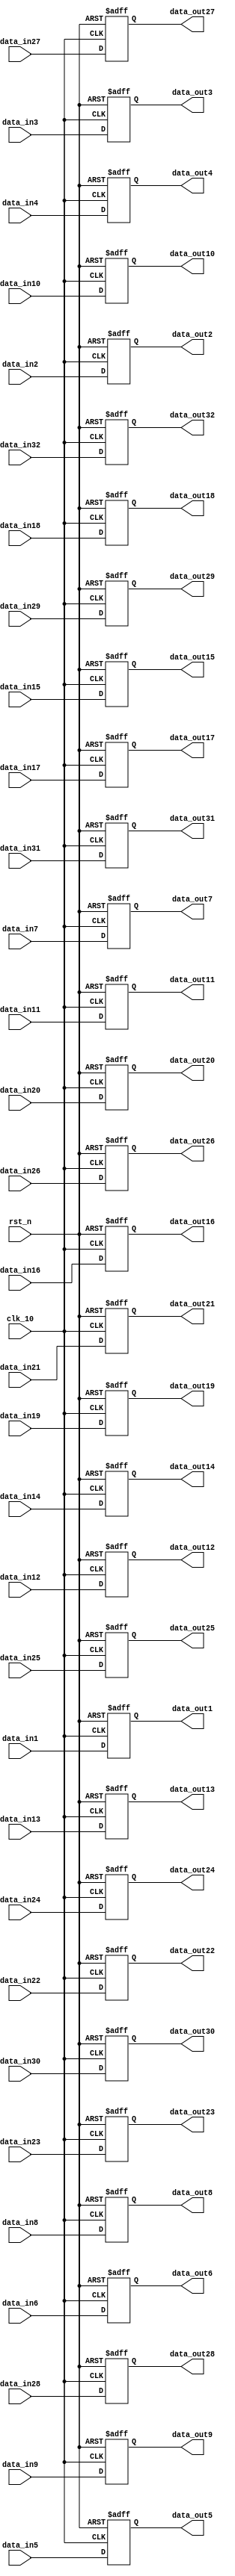


module reg_32#(parameter number_bits=22)
(
input [2*number_bits-1:0]  data_in1  , //32 reg each width 42 bits 22 real and 22 img
input [2*number_bits-1:0]  data_in2, 
input [2*number_bits-1:0]  data_in3, 
input [2*number_bits-1:0]  data_in4, 
input [2*number_bits-1:0]  data_in5, 
input [2*number_bits-1:0]  data_in6, 
input [2*number_bits-1:0]  data_in7, 
input [2*number_bits-1:0]  data_in8, 
input [2*number_bits-1:0]  data_in9, 
input [2*number_bits-1:0]  data_in10, 
input [2*number_bits-1:0]  data_in11, 
input [2*number_bits-1:0]  data_in12, 
input [2*number_bits-1:0]  data_in13, 
input [2*number_bits-1:0]  data_in14, 
input [2*number_bits-1:0]  data_in15, 
input [2*number_bits-1:0]  data_in16, 
input [2*number_bits-1:0]  data_in17, 
input [2*number_bits-1:0]  data_in18, 
input [2*number_bits-1:0]  data_in19, 
input [2*number_bits-1:0]  data_in20, 
input [2*number_bits-1:0]  data_in21, 
input [2*number_bits-1:0]  data_in22, 
input [2*number_bits-1:0]  data_in23, 
input [2*number_bits-1:0]  data_in24, 
input [2*number_bits-1:0]  data_in25, 
input [2*number_bits-1:0]  data_in26, 
input [2*number_bits-1:0]  data_in27, 
input [2*number_bits-1:0]  data_in28, 
input [2*number_bits-1:0]  data_in29, 
input [2*number_bits-1:0]  data_in30, 
input [2*number_bits-1:0]  data_in31, 
input [2*number_bits-1:0]  data_in32, 
input clk_10,
input rst_n,
output reg [2*number_bits-1:0] data_out1, 
output reg [2*number_bits-1:0] data_out2, 
output reg [2*number_bits-1:0] data_out3, 
output reg [2*number_bits-1:0] data_out4, 
output reg [2*number_bits-1:0] data_out5, 
output reg [2*number_bits-1:0] data_out6, 
output reg [2*number_bits-1:0] data_out7, 
output reg [2*number_bits-1:0] data_out8, 
output reg [2*number_bits-1:0] data_out9, 
output reg [2*number_bits-1:0] data_out10, 
output reg [2*number_bits-1:0] data_out11, 
output reg [2*number_bits-1:0] data_out12, 
output reg [2*number_bits-1:0] data_out13, 
output reg [2*number_bits-1:0] data_out14, 
output reg [2*number_bits-1:0] data_out15, 
output reg [2*number_bits-1:0] data_out16, 
output reg [2*number_bits-1:0] data_out17, 
output reg [2*number_bits-1:0] data_out18, 
output reg [2*number_bits-1:0] data_out19, 
output reg [2*number_bits-1:0] data_out20, 
output reg [2*number_bits-1:0] data_out21, 
output reg [2*number_bits-1:0] data_out22, 
output reg [2*number_bits-1:0] data_out23, 
output reg [2*number_bits-1:0] data_out24, 
output reg [2*number_bits-1:0] data_out25, 
output reg [2*number_bits-1:0] data_out26, 
output reg [2*number_bits-1:0] data_out27, 
output reg [2*number_bits-1:0] data_out28, 
output reg [2*number_bits-1:0] data_out29, 
output reg [2*number_bits-1:0] data_out30, 
output reg [2*number_bits-1:0] data_out31, 
output reg [2*number_bits-1:0] data_out32
);



always @(posedge clk_10 or negedge rst_n)
    begin
        if (!rst_n)
        begin
            data_out1<=0;
            data_out2<=0;
            data_out3<=0;
            data_out4<=0;
            data_out5<=0;
            data_out6<=0;
            data_out7<=0;
            data_out8<=0;
            data_out9<=0;
            data_out10<=0;
            data_out11<=0;
            data_out12<=0;
            data_out13<=0;
            data_out14<=0;
            data_out15<=0;
            data_out16<=0;
            data_out17<=0;
            data_out18<=0;
            data_out19<=0;
            data_out20<=0;
            data_out21<=0;
            data_out22<=0;
            data_out23<=0;
            data_out24<=0;
            data_out25<=0;
            data_out26<=0;
            data_out27<=0;
            data_out28<=0;
            data_out29<=0;
            data_out30<=0;
            data_out31<=0;
            data_out32<=0;
         end
            else 
            begin
                data_out1 <=data_in1;
                data_out2 <=data_in2;
                data_out3 <=data_in3;
                data_out4 <=data_in4;
                data_out5 <=data_in5;
                data_out6 <=data_in6;
                data_out7 <=data_in7;
                data_out8 <=data_in8;
                data_out9 <=data_in9;
                data_out10<=data_in10;
                data_out11<=data_in11;
                data_out12<=data_in12;
                data_out13<=data_in13;
                data_out14<=data_in14;
                data_out15<=data_in15;
                data_out16<=data_in16;
                data_out17<=data_in17;
                data_out18<=data_in18;
                data_out19<=data_in19;
                data_out20<=data_in20;
                data_out21<=data_in21;
                data_out22<=data_in22;
                data_out23<=data_in23;
                data_out24<=data_in24;
                data_out25<=data_in25;
                data_out26<=data_in26;
                data_out27<=data_in27;
                data_out28<=data_in28;
                data_out29<=data_in29;
                data_out30<=data_in30;
                data_out31<=data_in31;
                data_out32<=data_in32;
            end
    
    end

endmodule